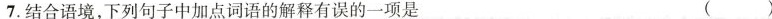
7.结合语境，下列句子中加点词语的解释有误的一项是 ( )